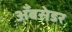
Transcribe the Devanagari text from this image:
अँबसेडर